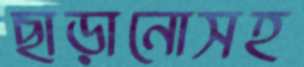
ছাড়ানোসহ